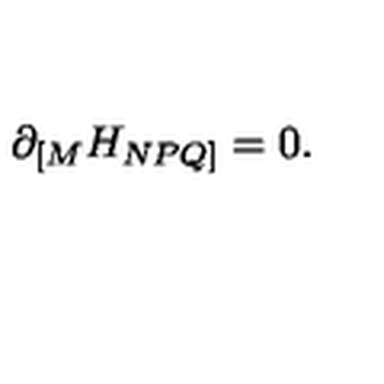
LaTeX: \partial _ { [ M } H _ { N P Q ] } = 0 .